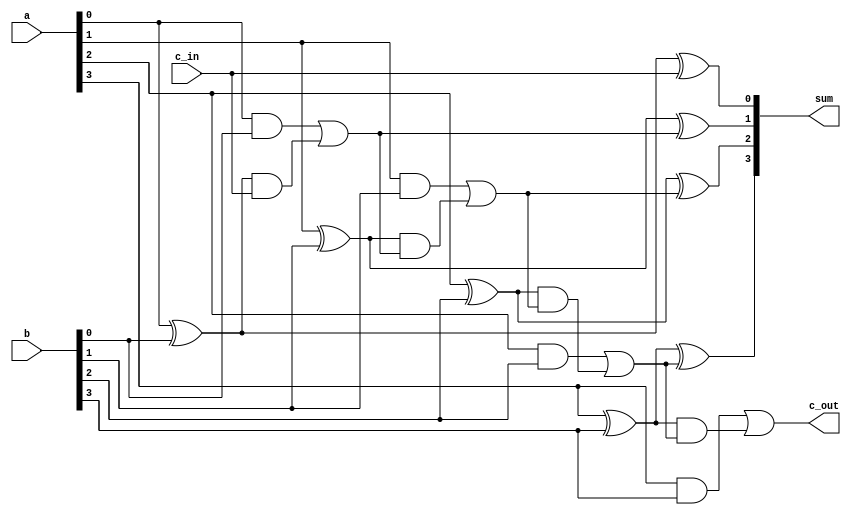
`timescale 1ns / 1ps
//////////////////////////////////////////////////////////////////////////////////
// Company: 
// Engineer: 
// 
// Design Name: 
// Module Name: Carry_LookAhead_Adder
// Project Name: 
// Target Devices: 
// Tool Versions: 
// Description: 
// 
// Dependencies: 
// 
// Revision:
// Revision 0.01 - File Created
// Additional Comments:
// 
//////////////////////////////////////////////////////////////////////////////////

module Carry_LookAhead_Adder(sum, c_out, a, b, c_in);
input [3:0] a,b;
input c_in;
output [3:0] sum;
output c_out;

//Wires
wire g0, p0, g1, p1, g2, p2;
wire c1, c2, c3;
// Logic Description

assign g0=a[0] & b[0];
assign p0=a[0] ^ b[0];
assign c1= g0 | (p0 & c_in);

assign g1=a[1] & b[1];
assign p1=a[1] ^ b[1];
assign c2= g1 | (p1&c1);

assign g2=a[2] & b[2];
assign p2=a[2] ^ b[2];
assign c3= g2 | (p2&c2);

assign g3=a[3] & b[3];
assign p3=a[3] ^ b[3];
assign c_out= g3 | (p3&c3);


// Summation

assign sum[0]=a[0] ^ b[0] ^ c_in;
assign sum[1]=a[1] ^ b[1] ^ c1;
assign sum[2]=a[2] ^ b[2] ^ c2;
assign sum[3]=a[3] ^ b[3] ^ c3;


endmodule